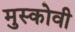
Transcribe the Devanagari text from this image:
मुस्कोवी